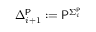
\Delta _ { i + 1 } ^ { \mathsf { P } } : = { \mathsf { P } } ^ { \Sigma _ { i } ^ { \mathsf { P } } }